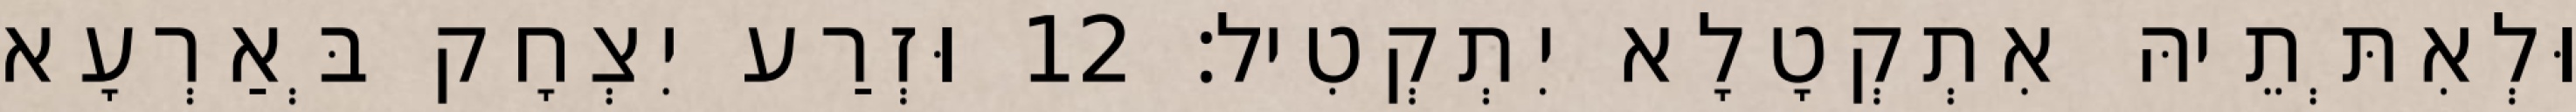
וּלְאִתְּתֵיהּ אִתְקְטָלָא יִתְקְטִיל׃ 12 וּזְרַע יִצְחָק בְּאַרְעָא